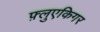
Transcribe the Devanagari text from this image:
फ़्लुएकिगर